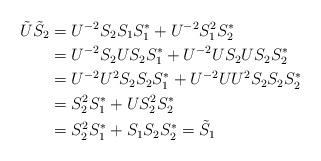
LaTeX: \begin{align*}\tilde U \tilde S_2 & = U^{-2}S_2S_1S_1^*+U^{-2}S_1^2S_2^*\\& = U^{-2}S_2US_2S_1^*+U^{-2}US_2US_2S_2^*\\& = U^{-2}U^2S_2S_2S_1^*+U^{-2}UU^2S_2S_2S_2^*\\& = S_2^2S_1^*+US_2^2S_2^*\\& = S_2^2S_1^*+S_1S_2S_2^*=\tilde S_1\end{align*}